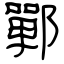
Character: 鄲